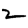
Digit: 2